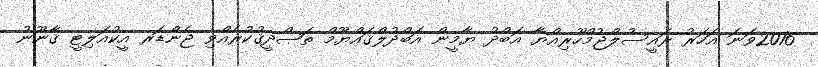
2016ވަނަ އަހަރު ރައީސުލްޖުމްހޫރިއްޔާ އަބްދު ޔާމީން އަބްދުލްޤައްޔޫމް ތަޞްދީޤުކުރެއްވި ޖެންޑަރ އީކުއަލިޓީ ޤާނޫނު